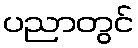
ပညာတွင်